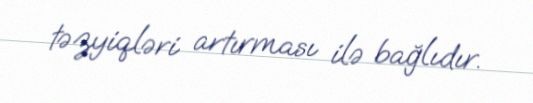
təzyiqləri artırması ilə bağlıdır.